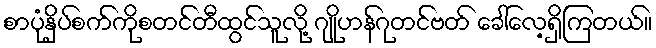
စာပုံနှိပ်စက်ကိုစတင်တီထွင်သူလို့ ဂျိုဟန်ဂုတင်ဗတ် ခေါ်လေ့ရှိကြတယ်။